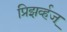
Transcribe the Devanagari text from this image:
प्रिझर्व्हज्